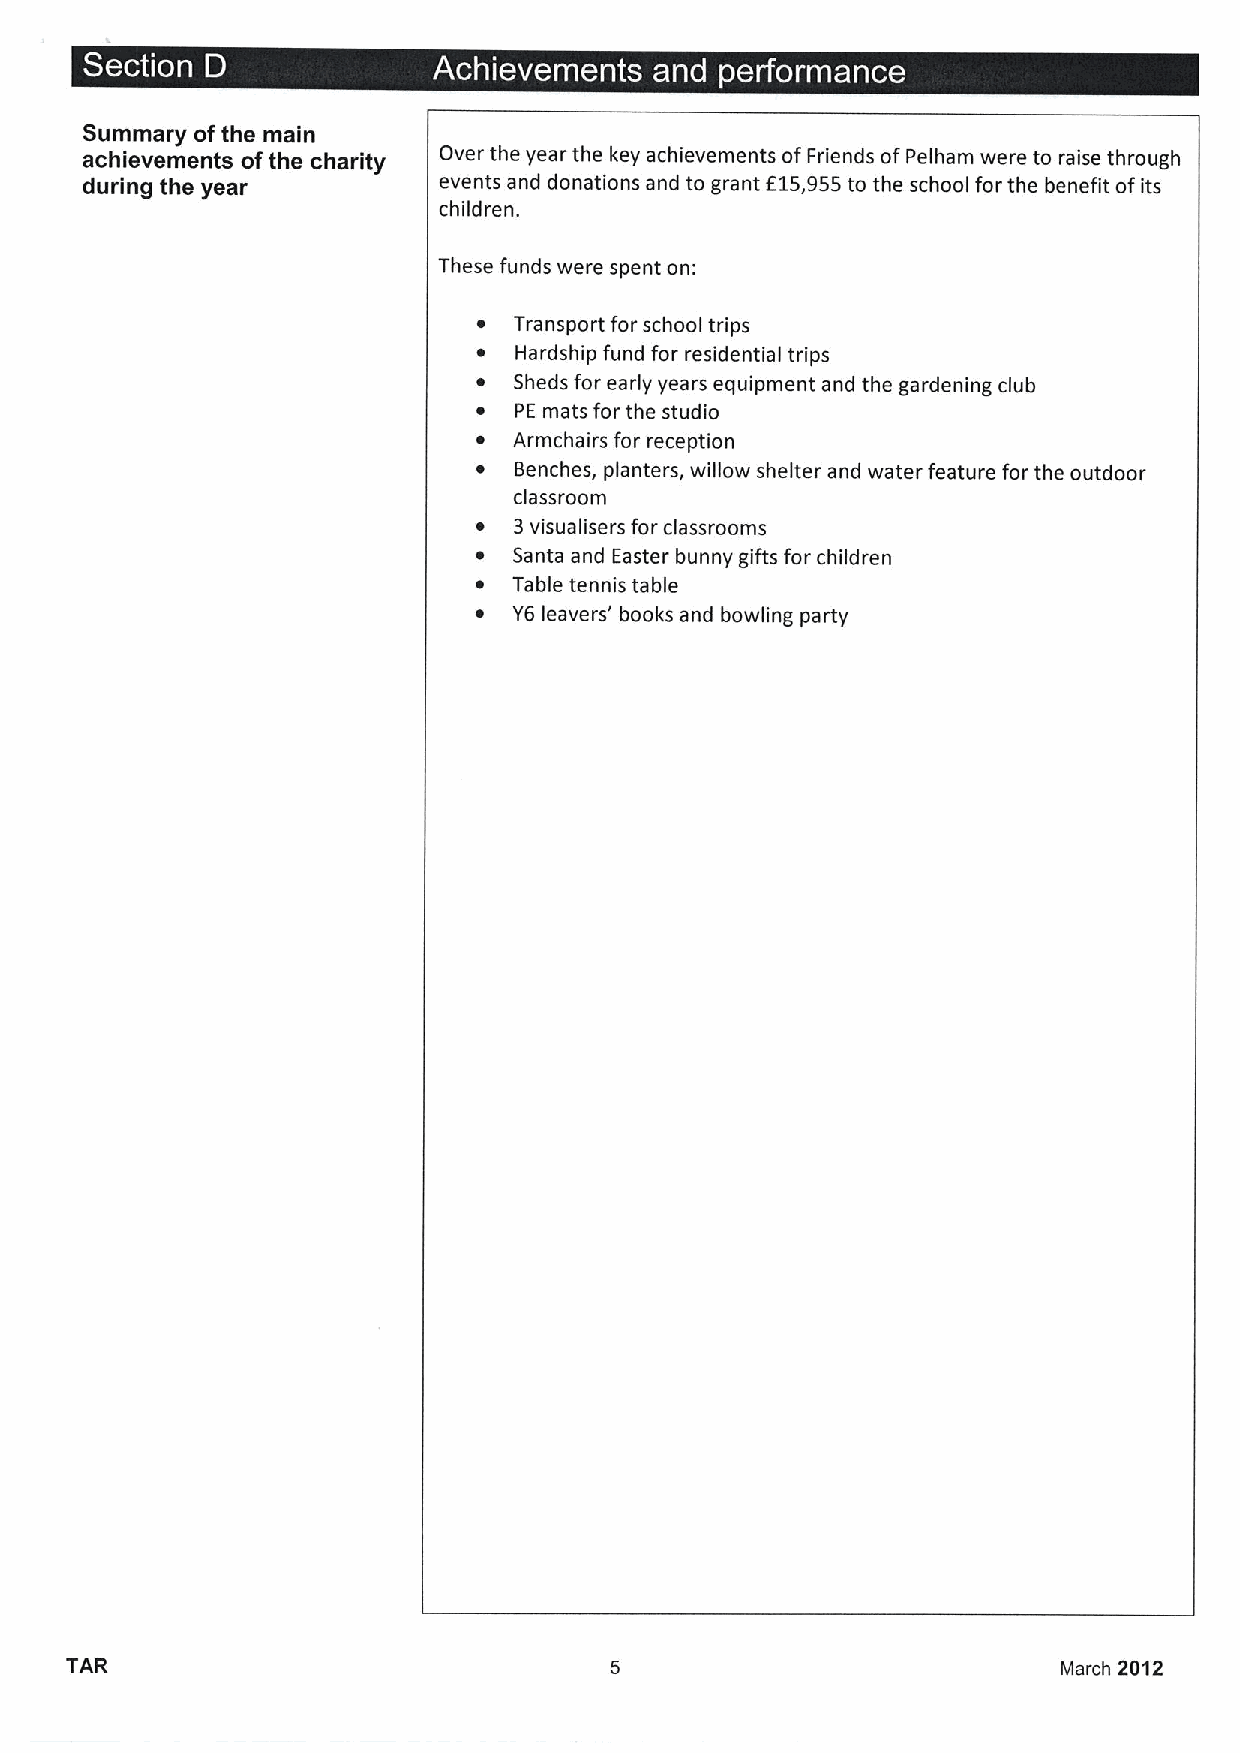
~  ~              s             r  ~ ~   ~
 Summary ofthe main
 achievements ofthe charity Over the year the key achievements ofFriends ofPelham were to raise through
 during the year         events and donations and to grant f15,955to the school for the benefit ofits
 children.
 These funds were spent on:
 ~ Transport for school trips
 ~ Hardship fund for residential trips
 ~ Sheds for early years equipment and the gardening club
 ~ PE mats for the studio
 ~ Armchairs for reception
 ~ Benches, planters, willow shelter and water feature for the outdoor
 classroom
 ~  3visualisers for classrooms
 ~  Santa and Easter bunny gifts for children
 ~  Table tennis table
 ~  YB leavers' books and bowling party
 TAR                                                               March 2012